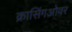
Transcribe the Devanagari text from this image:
क्रासिंगओवर